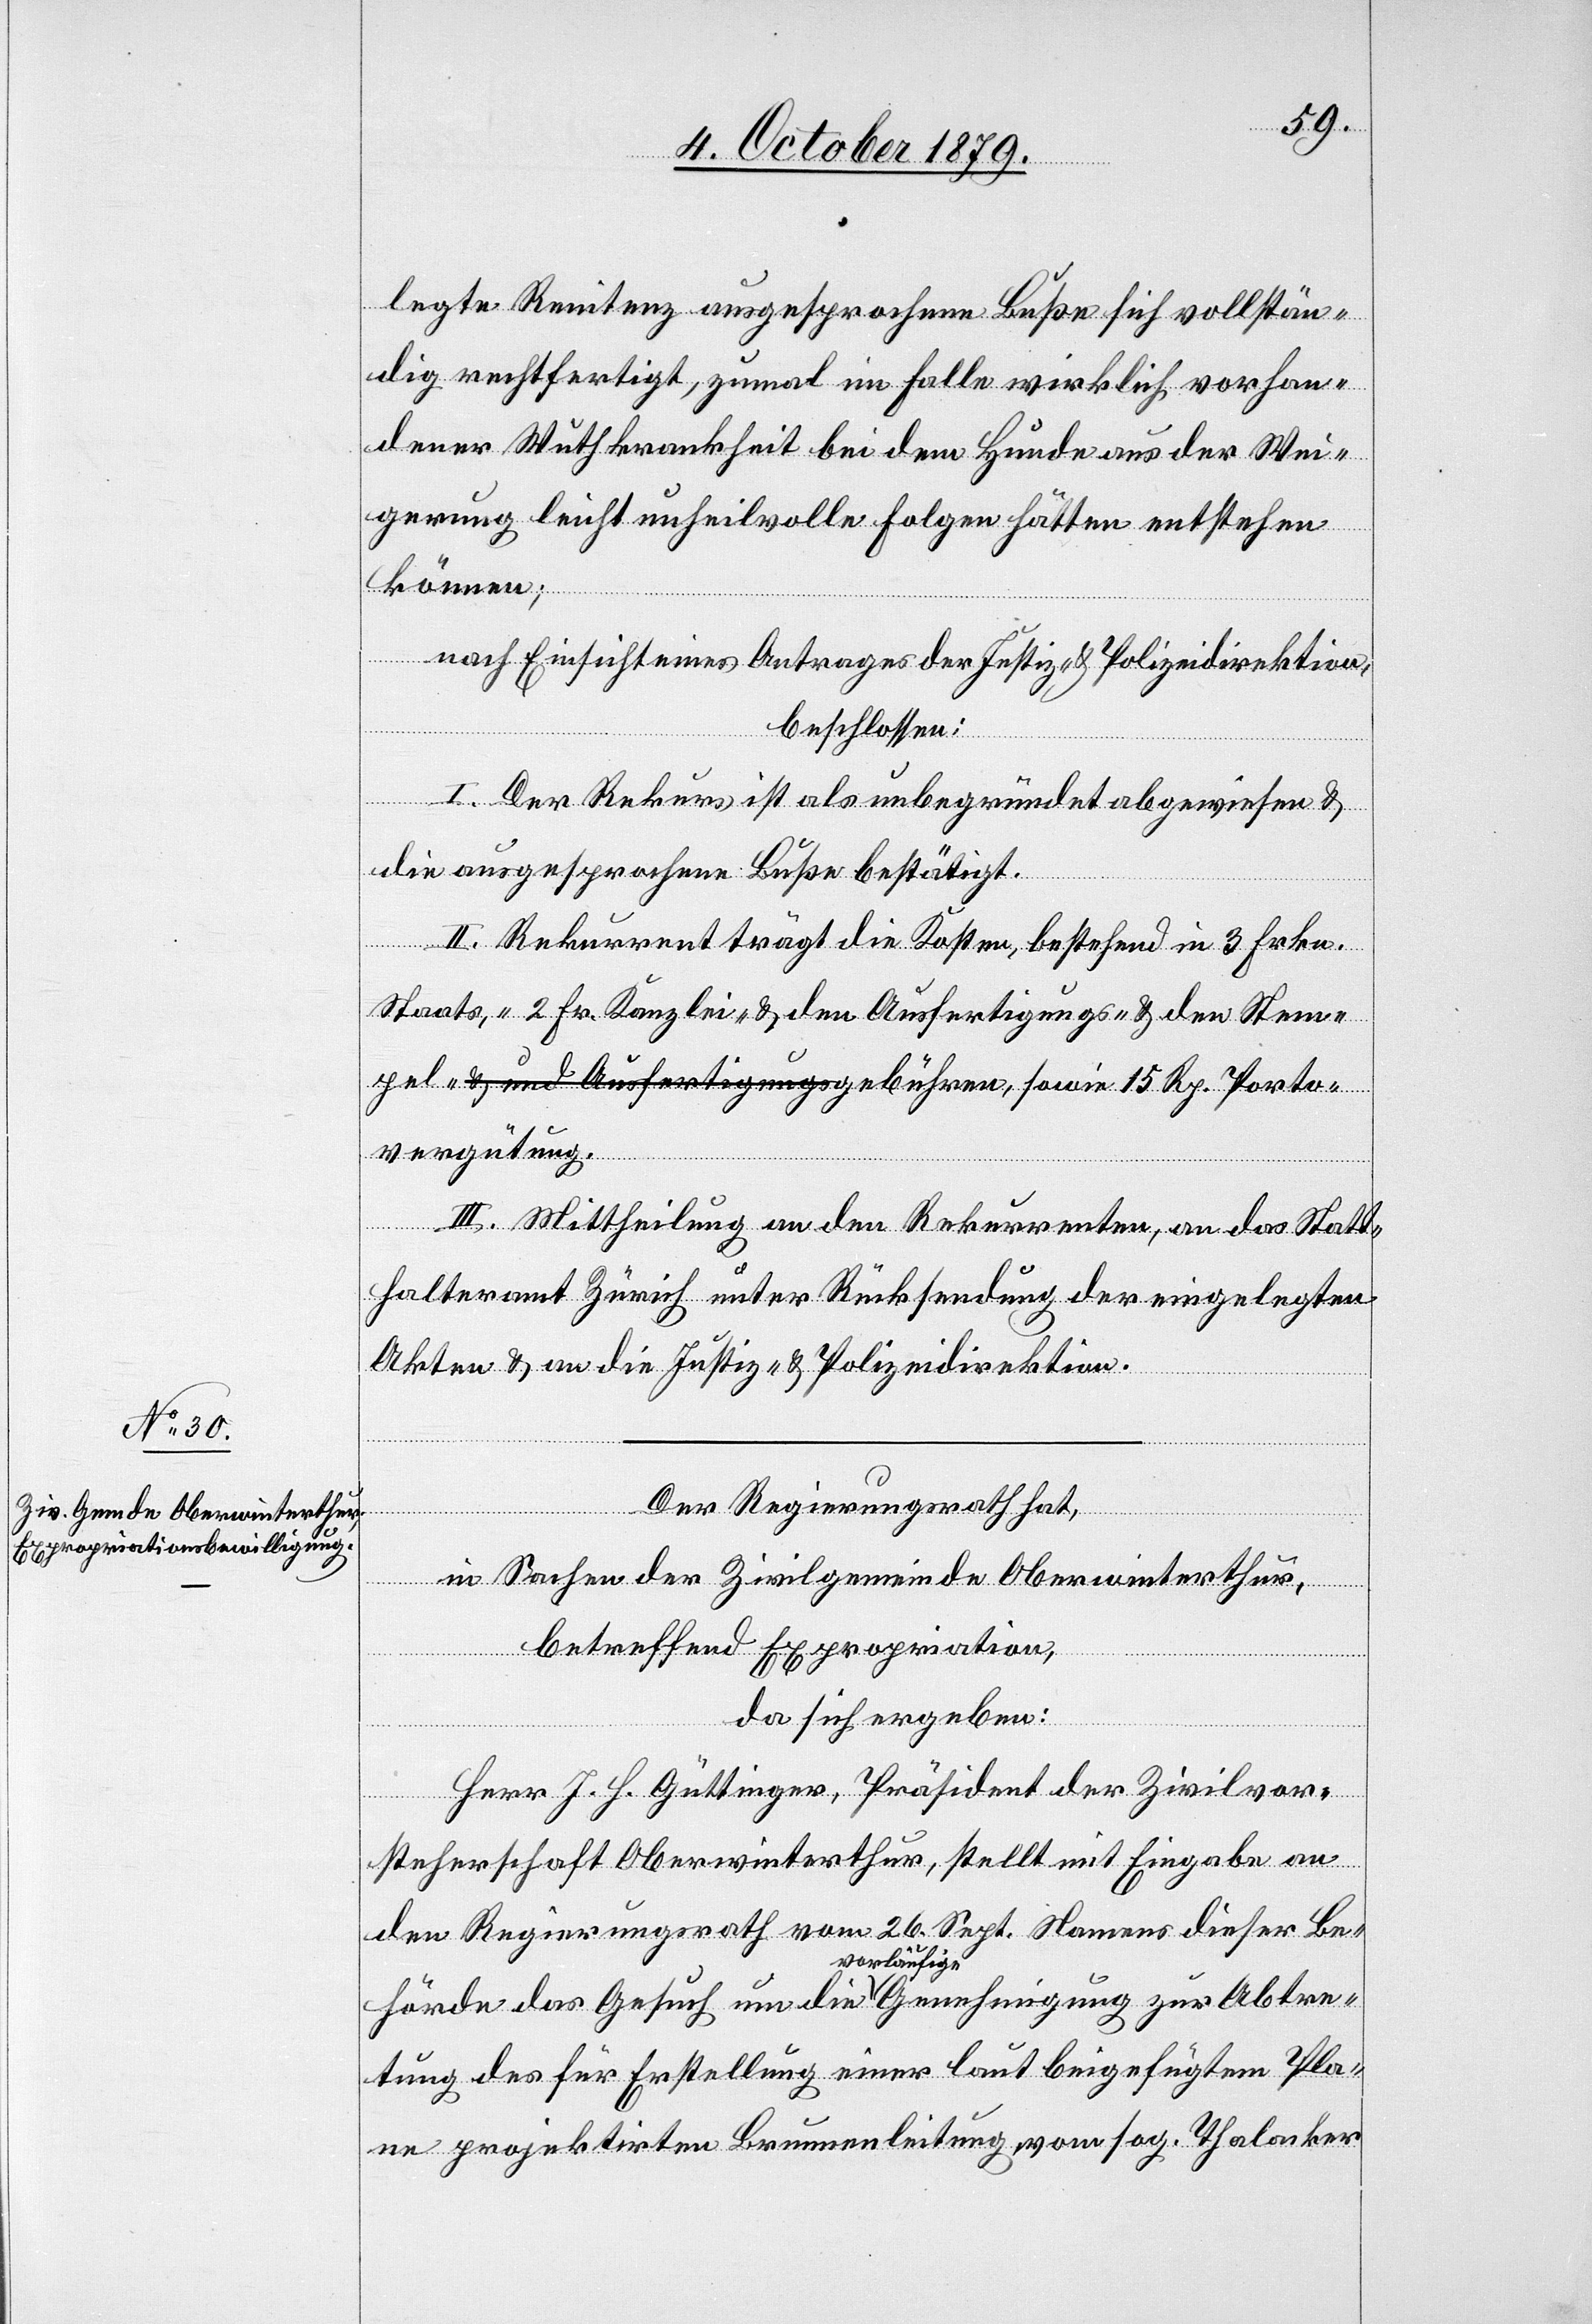
legte Renitenz ausgesprochene Buße sich vollstän¬
dig rechtfertigt, zumal im Falle wirklich vorhan¬
dener Wuthkrankheit bei dem Hunde aus der Wei¬
gerung leicht unheilvolle Folgen hätten entstehen
können;
nach Einsicht eines Antrages der Justiz- & Polizeidirektion,
beschlossen;
I. Der Rekurs ist als unbegründet abgewiesen &
pelgebühren,
die ausgesprochene Buße bestätigt.
II. Rekurrent trägt die Kosten, bestehend in 3 Fr.
Staats-, 2 Fr Kanzlei- & den Ausfertigungs- & den Stem¬
vergütung.
III. Mittheilung an den Rekurrenten, an das Statt¬
halteramt Zürich, unter Rücksendung der eingelegten
Akten & an die Justiz- & Polizeidirektion.
Porto¬
Der Regierungsrath hat,
in Sachen der Zivilgemeinde Oberwinterthur,
betreffend Expropriation,
da sich ergeben:
Herr. J. H. Güttinger, Präsident der Zivilvor¬
steherschaft Oberwinterthur, stellt mit Eingabe an
den Regierungsrath vom 26. Sept. Namens dieser Be¬
hörde das Gesuch um die vorläufige Genehmigung zur Abtre¬
tung des für Erstellung einer laut beigefügtem Pla¬
ne projektirten Brunnenleitung vom sog. Thalacker